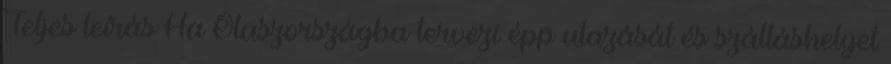
Teljes leírás Ha Olaszországba tervezi épp utazását és szálláshelyet